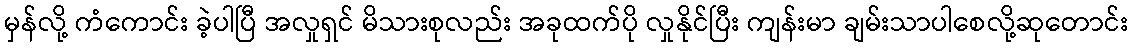
မှန်လို့ ကံကောင်း ခဲ့ပါပြီ အလှုရှင် မိသားစုလည်း အခုထက်ပို လှုနိုင်ပြီး ကျန်းမာ ချမ်းသာပါစေလို့ဆုတောင်း